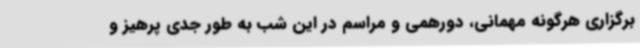
برگزاری هرگونه مهمانی، دورهمی و مراسم در این شب به طور جدی پرهیز و